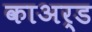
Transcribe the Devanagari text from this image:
काअर्ड